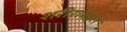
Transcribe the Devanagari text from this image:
शरीराबद्दल